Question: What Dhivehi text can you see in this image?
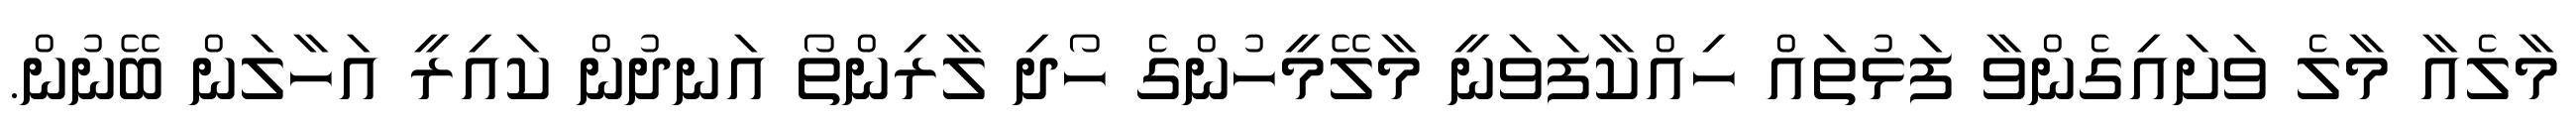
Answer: މާލެއާ މާލެ ވަށައިގެންވާ ފަޅުތައް ހިއްކާފަވަނީ މާލޭމީހުންގެ ހޯދި ލާރިންތޯ އަނދުން ކައިރީ އަހާލަން ބޭނުން.